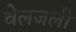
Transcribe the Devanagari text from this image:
वेलजली